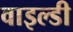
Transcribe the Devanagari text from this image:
वाइल्डी